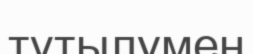
тұтылумен